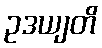
ဥဒယျတိ